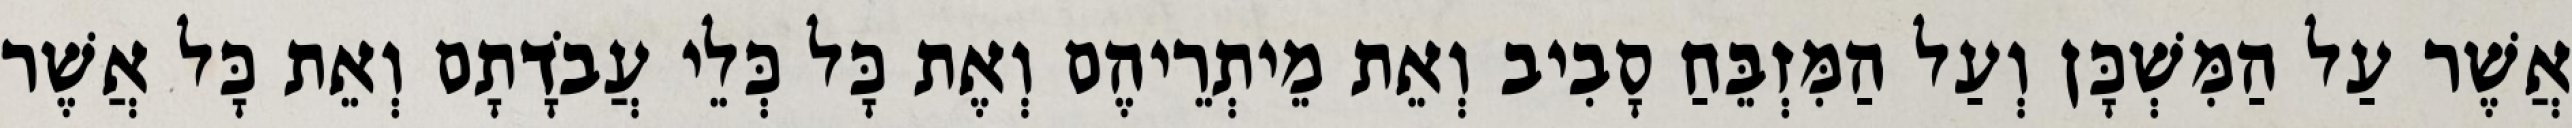
אֲשֶׁר עַל הַמִּשְׁכָּן וְעַל הַמִּזְבֵּחַ סָבִיב וְאֵת מֵיתְרֵיהֶם וְאֶת כָּל כְּלֵי עֲבֹדָתָם וְאֵת כָּל אֲשֶׁר